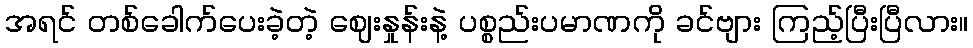
အရင် တစ်ခေါက်ပေးခဲ့တဲ့ ဈေးနှုန်းနဲ့ ပစ္စည်းပမာဏကို ခင်ဗျား ကြည့်ပြီးပြီလား။